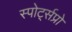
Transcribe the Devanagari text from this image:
स्पोर्ट्सप्रो